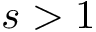
s > 1